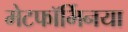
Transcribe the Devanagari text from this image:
मेटफॉर्मिनया